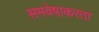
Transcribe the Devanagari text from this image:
समवेषाकरता